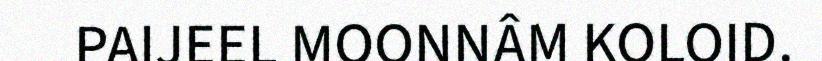
PAIJEEL MOONNÂM KOLOID.